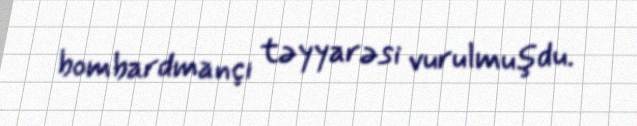
bombardmançı təyyarəsi vurulmuşdu.